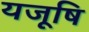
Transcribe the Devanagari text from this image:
यजूषि